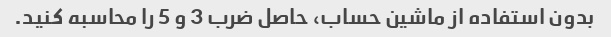
بدون استفاده از ماشین حساب، حاصل ضرب 3 و 5 را محاسبه کنید.